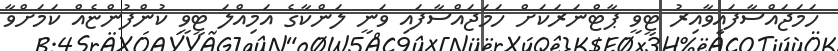
ހަމަޖައްސާފައިވާއިރު ޓީވީ ޕާޓްނަރަކަށް ހަމަޖައްސާފައި ވަނީ ލަންކާގެ އަމިއްލަ ޓީވީ ކުންފުންޏެއް ކަމަށްވާ